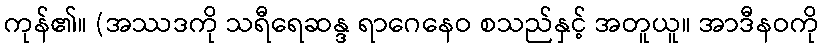
ကုန်၏။ (အဿဒကို သရီရေဆန္ဒ ရာဂေနေဝ စသည်နှင့် အတူယူ။ အာဒီနဝကို